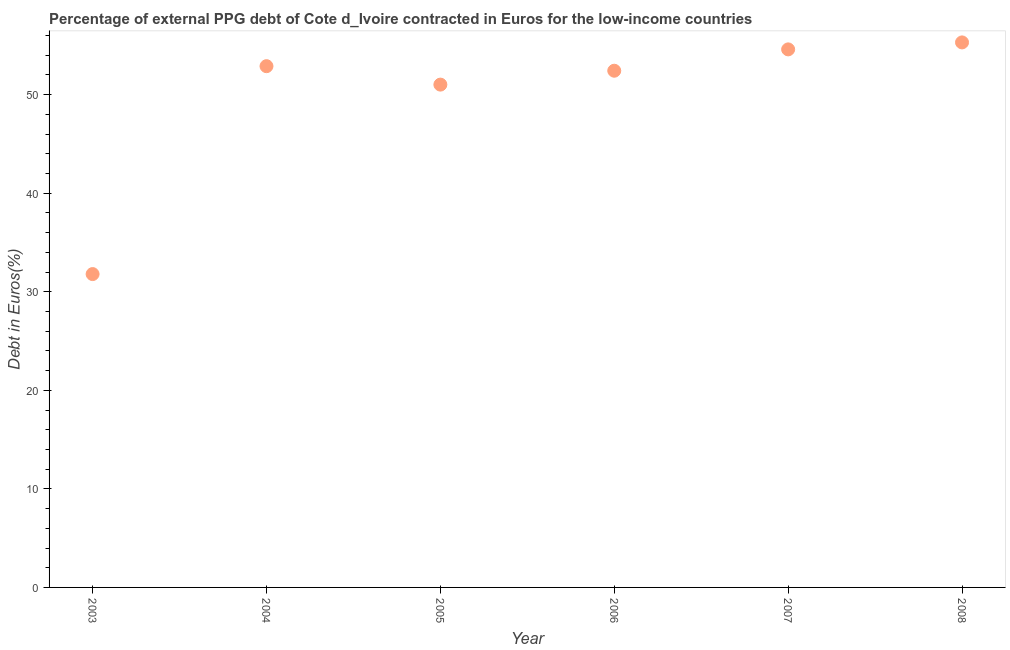
| Year | Currency composition of PPG debt |
 | --- | --- |
 | 2003 | 31.8 |
 | 2004 | 52.9 |
 | 2005 | 51 |
 | 2006 | 52.4 |
 | 2007 | 54.6 |
 | 2008 | 55.3 |